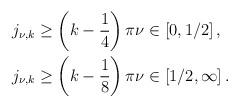
LaTeX: \begin{align*}\begin{aligned}&j_{\nu, k} \geq\left(k-\frac{1}{4}\right) \pi \nu \in\left[0, 1/2\right], \\&j_{\nu, k} \geq\left(k-\frac{1}{8}\right) \pi \nu \in\left[1/2,\infty\right].\end{aligned}\end{align*}